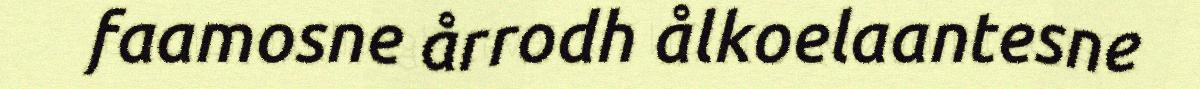
faamosne årrodh ålkoelaantesne